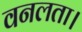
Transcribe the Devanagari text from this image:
वनलता।